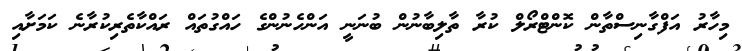
މިހާރު އަފްގާނިސްތާން ކޮންޓްރޯލް ކުރާ ތާލިބާނުން ބުނަނީ އަންހެނުންގެ ހައްގުތައް ރައްކާތެރިކުރާނެ ކަމަށާއި